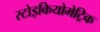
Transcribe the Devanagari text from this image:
स्टोइकियोमेट्रिक